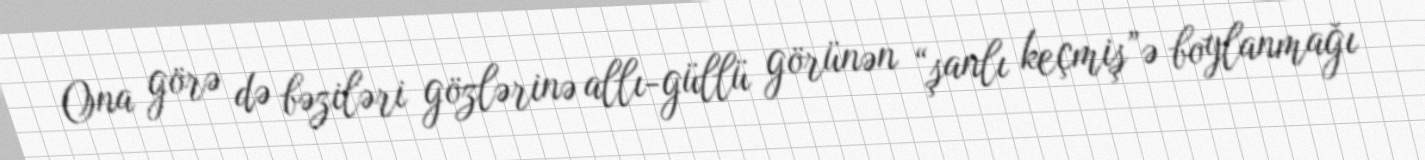
Ona görə də bəziləri gözlərinə allı-güllü görünən “şanlı keçmiş”ə boylanmağı